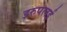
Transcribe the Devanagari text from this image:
इरुपलई